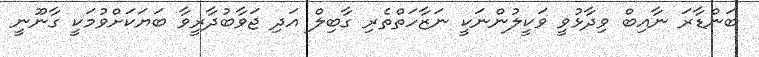
ބަންޑާރަ ނާއިބް ވިދާޅުވީ ވަކީލުންނަކީ ނަޒާހަތްތެރި ގާބިލް އަދި ޖަވާބުދާރީވާ ބަޔަކަށްވުމަކީ ގާނޫނީ